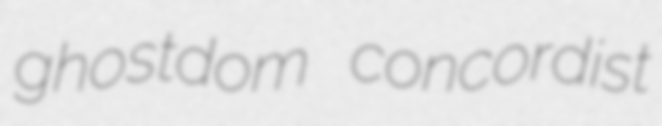
ghostdom concordist